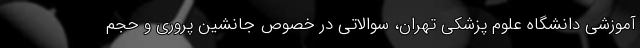
آموزشی دانشگاه علوم پزشکی تهران، سوالاتی در خصوص جانشین پروری و حجم